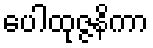
ပေါထုဇ္ဇနိကာ